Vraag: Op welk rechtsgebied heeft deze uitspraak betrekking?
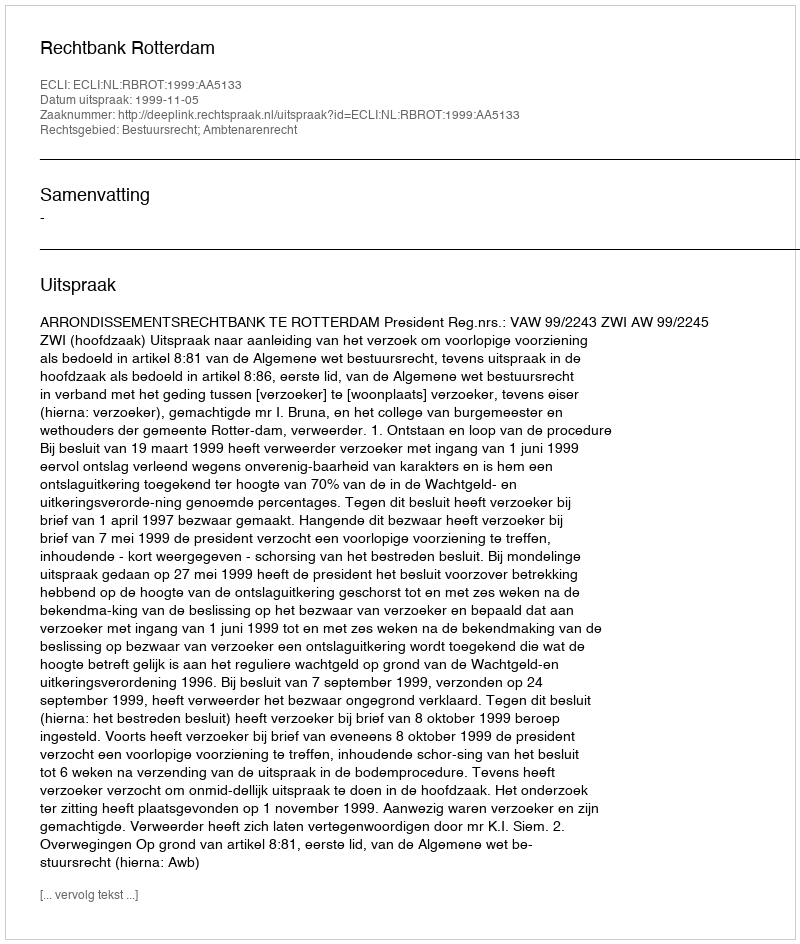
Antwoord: Bestuursrecht; Ambtenarenrecht